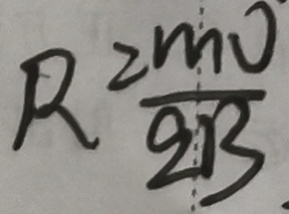
R = \frac { m o } { 2 B }